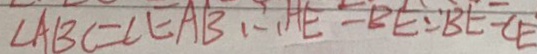
\angle A B C = \angle E A B \therefore H E = B E \because B E = C E